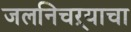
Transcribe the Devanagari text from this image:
जलनिचऱ्याचा